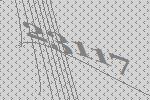
23117